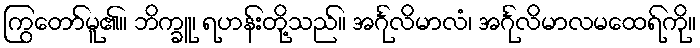
ကြွတော်မူ၏။ ဘိက္ခူ၊ ရဟန်းတို့သည်။ အင်္ဂုလိမာလံ၊ အင်္ဂုလိမာလမထေရ်ကို။